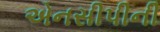
એનસીપીની